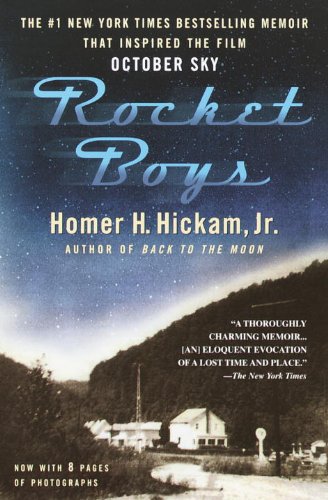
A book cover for Rocket Boys (The Coalwood Series #1); Homer Hickam; Science & Math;